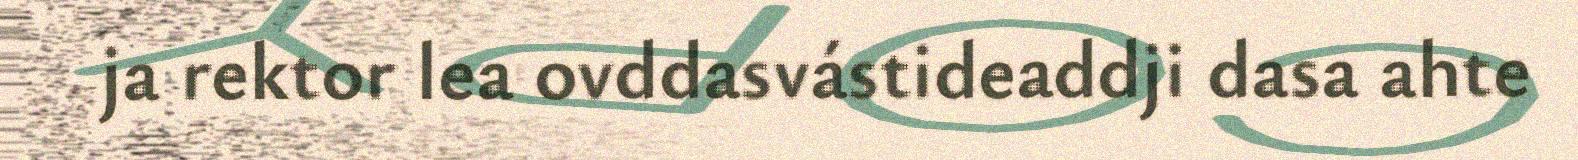
ja rektor lea ovddasvástideaddji dasa ahte